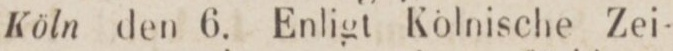
Köln den 6. Enligt Kölnische Zei-